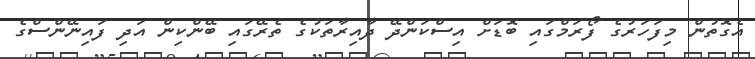
އެގޮތުން މިފަހަރުގެ ފޯރަމްގައި ބޮޑަށް އިސްކަންދޭ ދާއިރާތަކުގެ ތެރޭގައި ބޭންކިން އަދި ފައިނޭންސްގެ